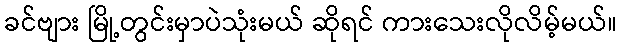
ခင်ဗျား မြို့တွင်းမှာပဲသုံးမယ် ဆိုရင် ကားသေးလိုလိမ့်မယ်။